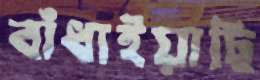
বাঁধাইয়াছি